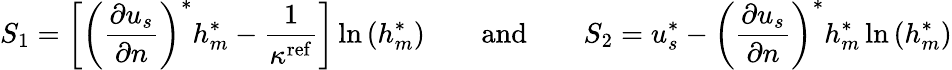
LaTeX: S_{1}=\left[\left(\frac{\partial{u_{s}}}{\partial{n}}\right)^{*}h_{m}^{*}-\frac{1}{\kappa^{\mathrm{ref}}}\right]\ln{(h_{m}^{*})}\qquad\textrm{and}\qquad S_{2}=u_{s}^{*}-\left(\frac{\partial{u_{s}}}{\partial{n}}\right)^{*}h_{m}^{*}\ln{(h_{m}^{*})}